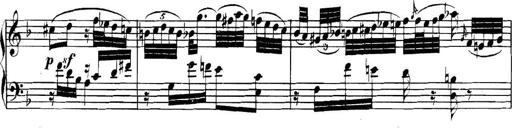
Title: Collected Piano Sonatas
Composer: Muzio Clementi